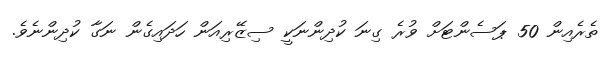
ތެރެއިން 50 ޕަސެންޓަށް ވުރެ ގިނަ ކުދިންނަކީ ސިޒޭރިއަން ހަދައިގެން ނަގާ ކުދިންނެވެ.